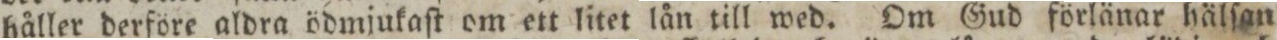
håller derföre aldra ödmjukaſt om ett litet lån till wed. Om Gud förlänar hälſan